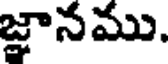
జ్ఞానము.